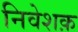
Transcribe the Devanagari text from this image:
निवेशक़